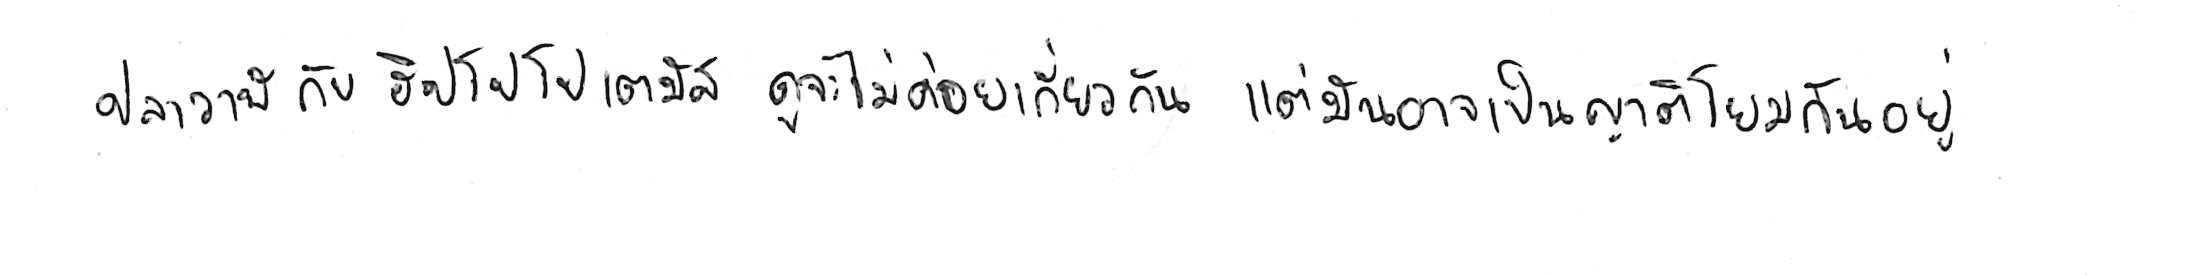
ปลาวาฬ กับ ฮิปโปโปเตมัส ดูจะไม่ค่อยเกี่ยวกัน แต่มันอาจเป็นญาติโยมกันอยู่